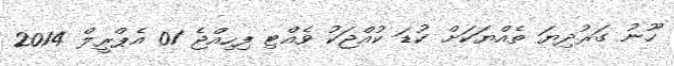
ހޫނު ގަރުދިޔަ ތެއްޔަކަށް ކުޑަ ކުއްޖަކު ވެއްޓި ފިހިއްޖެ 01 އެޕްރީލް 2014